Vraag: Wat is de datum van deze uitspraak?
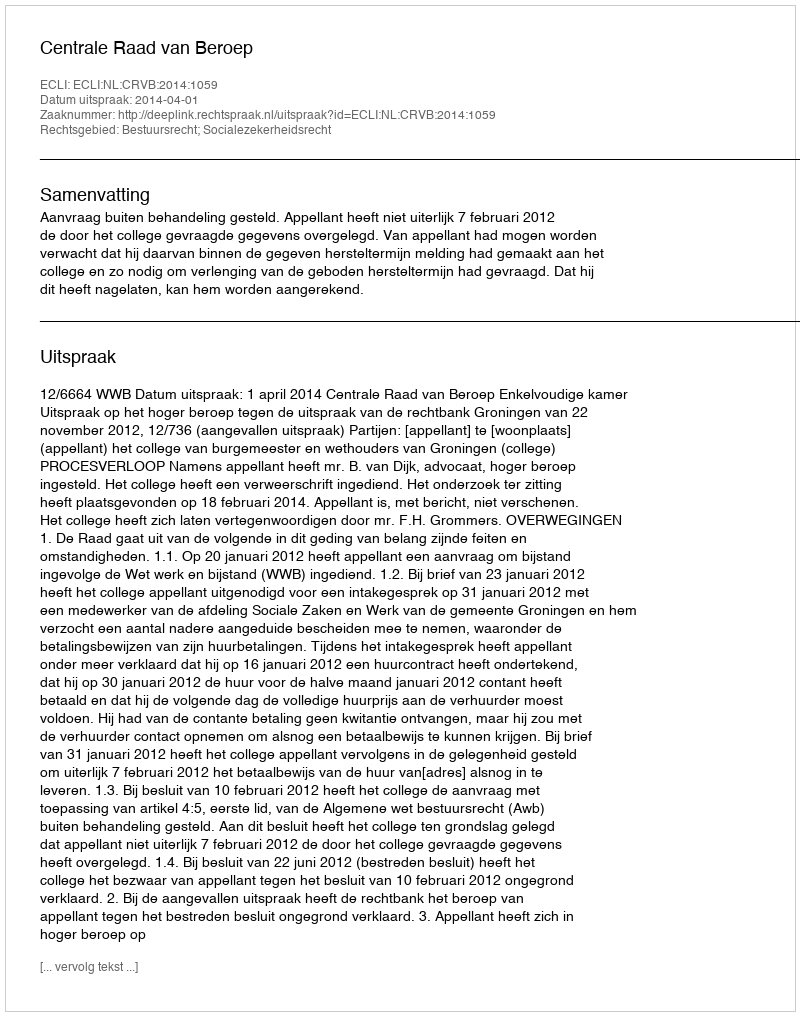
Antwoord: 2014-04-01